Report of the Indian Hemp Drugs Commission, 1894-1895 - Volume V
Year: 1894
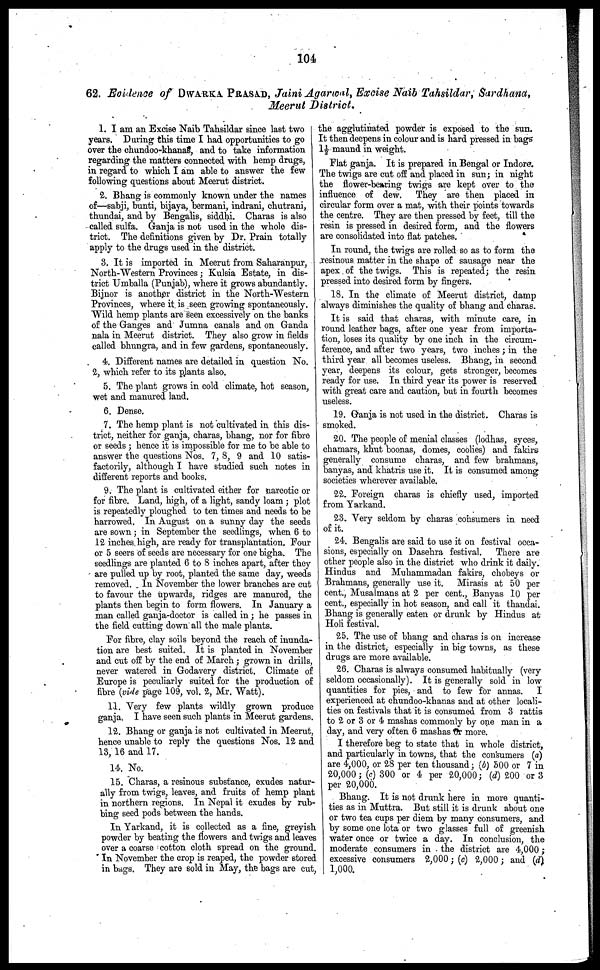
104
62. Evidence of DWARKA PRASAD, Jaini Agarwal, Excise Naib Tahsildar, Sardhana,
Meerut District.
1. I am an Excise Naib Tahsildar since last two
years. During this time I had opportunities to go
over the chundoo-khanas, and to take information
regarding the matters connected with hemp drugs,
in regard to which I am able to answer the few
following questions about Meerut district.
2. Bhang is commonly known under the names
of—sabji, bunti, bijaya, bermani, indrani, chutrani,
thundai, and by Bengalis, siddhi Charas is also
called sulfa. Ganja is not used in the whole dis-
trict. The definitions given by Dr. Prain totally
apply to the drugs used in the district.
8. It is imported in Meerut from Saharanpur,
North-Western Provinces; Kulsia Estate, in dis-
trict Umballa (Punjab), where it grows abundantly.
Bijnor is another district in the North-Western
Provinces, where it is seen growing spontaneously.
Wild hemp plants are seen excessively on the banks
of the Ganges and Jumna canals and on Ganda
nala in Meerut district. They also grow in fields
called bhungra, and in few gardens, spontaneously.
4. Different names are detailed in question No.
2, which refer to its plants also.
5. The plant grows in cold climate, hot season,
wet and manured land.
6. Dense.
7. The hemp plant is not cultivated in this dis-
trict, neither for ganja, charas, bhang, nor for fibre
or seeds ; hence it is impossible for me to be able to
answer the questions Nos. 7, 8, 9 and 10 satis-
factorily, although I have studied such notes in
different reports and books.
9. The plant is cultivated either for narcotic or
for fibre. Land, high, of a light, sandy loam ; plot
is repeatedly ploughed to ten times and needs to be
harrowed. In August on a sunny day the seeds
are sown ; in September the seedlings, when 6 to
12 inches high, are ready for transplantation. Four
or 5 seers of seeds are necessary for one bighs. The
seedlings are planted 6 to 8 inches apart, after they
are pulled up by root, planted the same day, weeds
removed. In November the lower branches are cut
to favour the upwards, ridges are manured, the
plants then begin to form flowers. In January a
man called ganja-doctor is called in ; he passes in
the field cutting down all the male plants.
For fibre, clay soils beyond the reach of inunda-
tion are best suited. It is planted in November
and cut off by the end of March; grown in drills,
never watered in Godavery district. Climate of
Europe is peculiarly suited for the production of
fibre (vide page 109, vol. 2, Mr. Watt).
11. Very few plants wildly grown produce
ganja. I have seen such plants in Meerut gardens.
12. Bhang or ganja is not cultivated in Meerut,
hence unable to reply the questions Nos. 12 and
13, 16 and 17.
14. No.
15. Charas, a resinous substance, exudes natur-
ally from twigs, leaves, and fruits of hemp plant
in northern regions. In Nepal it exudes by rub-
bing seed pods between the hands.
In Yarkand, it is collected as a fine, greyish
powder by beating the flowers and twigs and leaves
over a coarse cotton cloth spread on the ground.
In November the crop is reaped, the powder stored
in bags. They are sold in May, the bags are cut,
the agglutinated powder is exposed to the sun.
It then deepens in colour and is hard pressed in bags
1½ maund in weight.
Flat ganja. It is prepared in Bengal or Indore.
The twigs are cut off and placed in sun; in night
the flower-bearing twigs are kept over to the
influence of dew. They are then placed in
circular form over a mat, with their points towards
the centre. They are then pressed by feet, till the
resin is pressed in desired form, and the flowers
are consolidated into flat patches.
In round, the twigs are rolled so as to form the
resinous matter in the shape of sausage near the
apex of the twigs. This is repeated; the resin
pressed into desired form by fingers.
18. In the climate of Meerut district, damp
always diminishes the quality of bhang and charas.
It is said that charas, with minute care, in
round leather bags, after one year from importa-
tion, loses its quality by one inch in the circum-
ference, and after two years, two inches; in the
third year all becomes useless. Bhang, in second
year, deepens its colour, gets stronger, becomes
ready for use. In third year its power is reserved
with great care and caution, but in fourth becomes
useless.
19. Ganja is not used in the district. Charas is
smoked.
20. The people of menial classes (lodhas, syces,
chamars, khut boonas, domes, coolies) and fakirs
generally consume charas, and few brahmans,
banyas, and khatris use it. It is consumed among
societies wherever available.
22. Foreign charas is chiefly used, imported
from Yarkand.
28. Very seldom by charas consumers in need
of it.
24. Bengalis are said to use it on festival occa-
sions, especially on Dasehra festival. There are
other people also in the district who drink it daily.
Hindus and Muhammadan fakirs, chobeys or
Brahmans, generally use it. Mirasis at 50 per
cent., Musalmans at 2 per cent., Banyas 10 per
cent., especially in hot season, and call it thandai.
Bhang is generally eaten or drunk by Hindus at
Holi festival.
25. The use of bhang and charas is on increase
in the district, especially in big towns, as these
drugs are more available.
26. Charas is always consumed habitually (very
seldom occasionally). It is generally sold in low
quantities for pies, and to few for annas.
I
experienced at chundoo-khanas and at other locali-
ties on festivals that it is consumed from 3 rattis
to 2 or 8 or 4 mashas commonly by one man in a
day, and very often 6 mashas or more.
I therefore beg to state that in whole district,
and particularly in towns, that the consumers (a)
are 4,000, or 28 per ten thousand; (b) 500 or 7 in
20,000; (c) 300 or 4 per 20,000; (d) 200 or 3
per 20,000.
Bhang. It is not drunk here in more quanti-
ties as in Muttra. But still it is drunk about one
or two tea cups per diem by many consumers, and
by some one lota or two glasses full of greenish
water once or twice a day. In conclusion, the
moderate consumers in the district are 4,000;
excessive consumers 2,000; (c) 2,000 ; and (d)
1,000.